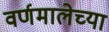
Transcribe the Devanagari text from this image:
वर्णमालेच्या